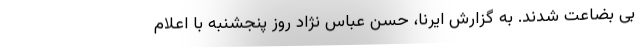
بی بضاعت شدند. به گزارش ایرنا، حسن عباس نژاد روز پنجشنبه با اعلام